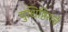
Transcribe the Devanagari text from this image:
युधिष्ठिराचे